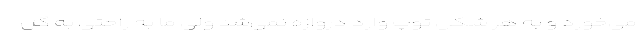
می‌خورد و به هر شکل توپ وارد دروازه نمی‌شد ولی ما به راحتی به گل